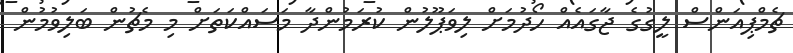
ޗެމްޕިއަންސް ލީގުގެ ޖާގައެއް ހޯދުމަށް ލިވަޕޫލުން ކުރަމުންދާ މަސައްކަތަށް މި މެޗުން ބަލިވުމުން